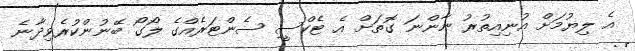
އެ ލިޔުމަށް އުނިއިތުރު ނާންނަ ގޮތަށް އެ ޓެކްސީ ސެންޓަރެއްގެ ލޯގޯ ބޭނުންކުރެވިދާނެ